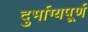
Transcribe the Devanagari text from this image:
दुर्भाग्यपू्‌र्ण